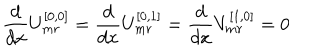
\frac { d } { d x } U _ { m r } ^ { [ 0 , 0 ] } = \frac { d } { d x } U _ { m r } ^ { [ 0 , 1 ] } = \frac { d } { d x } V _ { m r } ^ { [ 1 , 0 ] } = 0